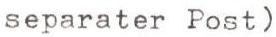
separater Post)